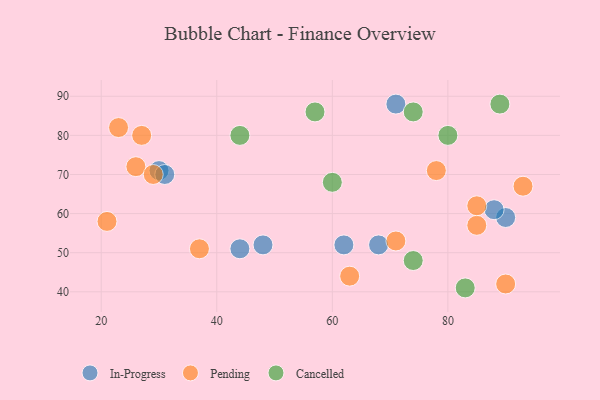
{"axis": {"x": "GDP", "y": "Life Expectancy"}, "legend": ["Cancelled", "In-Progress", "Pending"], "data": [{"x": "71", "y": 88, "type": "In-Progress"}, {"x": "90", "y": 59, "type": "In-Progress"}, {"x": "48", "y": 52, "type": "In-Progress"}, {"x": "62", "y": 52, "type": "In-Progress"}, {"x": "44", "y": 51, "type": "In-Progress"}, {"x": "88", "y": 61, "type": "In-Progress"}, {"x": "68", "y": 52, "type": "In-Progress"}, {"x": "30", "y": 71, "type": "In-Progress"}, {"x": "31", "y": 70, "type": "In-Progress"}, {"x": "26", "y": 72, "type": "Pending"}, {"x": "29", "y": 70, "type": "Pending"}, {"x": "63", "y": 44, "type": "Pending"}, {"x": "85", "y": 57, "type": "Pending"}, {"x": "27", "y": 80, "type": "Pending"}, {"x": "90", "y": 42, "type": "Pending"}, {"x": "37", "y": 51, "type": "Pending"}, {"x": "21", "y": 58, "type": "Pending"}, {"x": "85", "y": 62, "type": "Pending"}, {"x": "23", "y": 82, "type": "Pending"}, {"x": "71", "y": 53, "type": "Pending"}, {"x": "78", "y": 71, "type": "Pending"}, {"x": "93", "y": 67, "type": "Pending"}, {"x": "80", "y": 80, "type": "Cancelled"}, {"x": "74", "y": 86, "type": "Cancelled"}, {"x": "60", "y": 68, "type": "Cancelled"}, {"x": "57", "y": 86, "type": "Cancelled"}, {"x": "74", "y": 48, "type": "Cancelled"}, {"x": "83", "y": 41, "type": "Cancelled"}, {"x": "89", "y": 88, "type": "Cancelled"}, {"x": "44", "y": 80, "type": "Cancelled"}]}